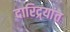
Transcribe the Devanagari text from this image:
दारिद्र्यांत